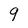
Character: 9